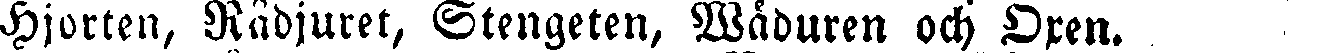
Hjorten, Rådjuret, Stengeten, Wäduren och Oxen.